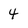
Character: 4